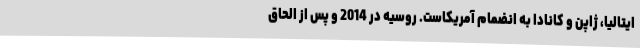
ایتالیا، ژاپن و کانادا به انضمام آمریکاست. روسیه در 2014 و پس از الحاق